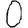
Digit: 0